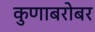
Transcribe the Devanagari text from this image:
कुणाबरोबर